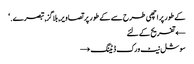
کے طور پر اچھی طرح سے کے طور پر تصاویر, بلاگز, تبصرے. ‘
← تفریح کے لئے
سوشل نیٹ ورک ڈیٹنگ →